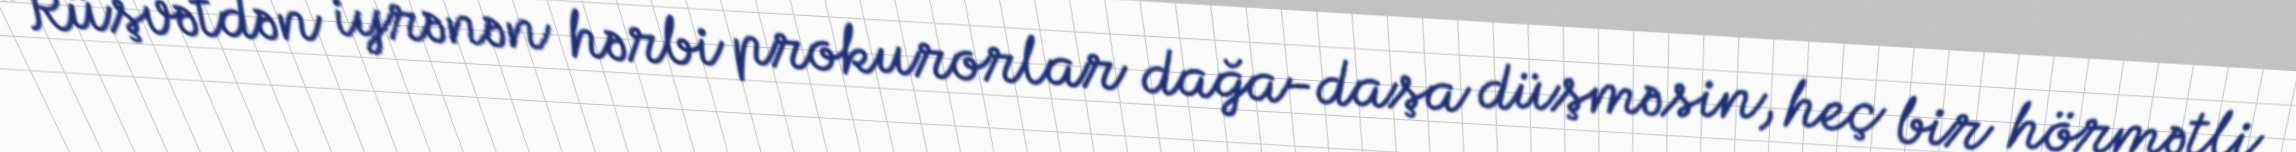
“Rüşvətdən iyrənən hərbi prokurorlar dağa-daşa düşməsin, heç bir hörmətli